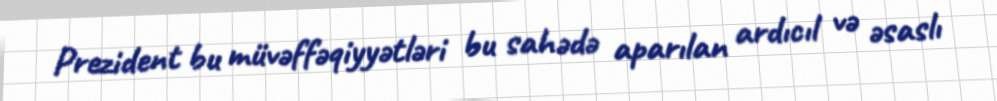
Prezident bu müvəffəqiyyətləri bu sahədə aparılan ardıcıl və əsaslı